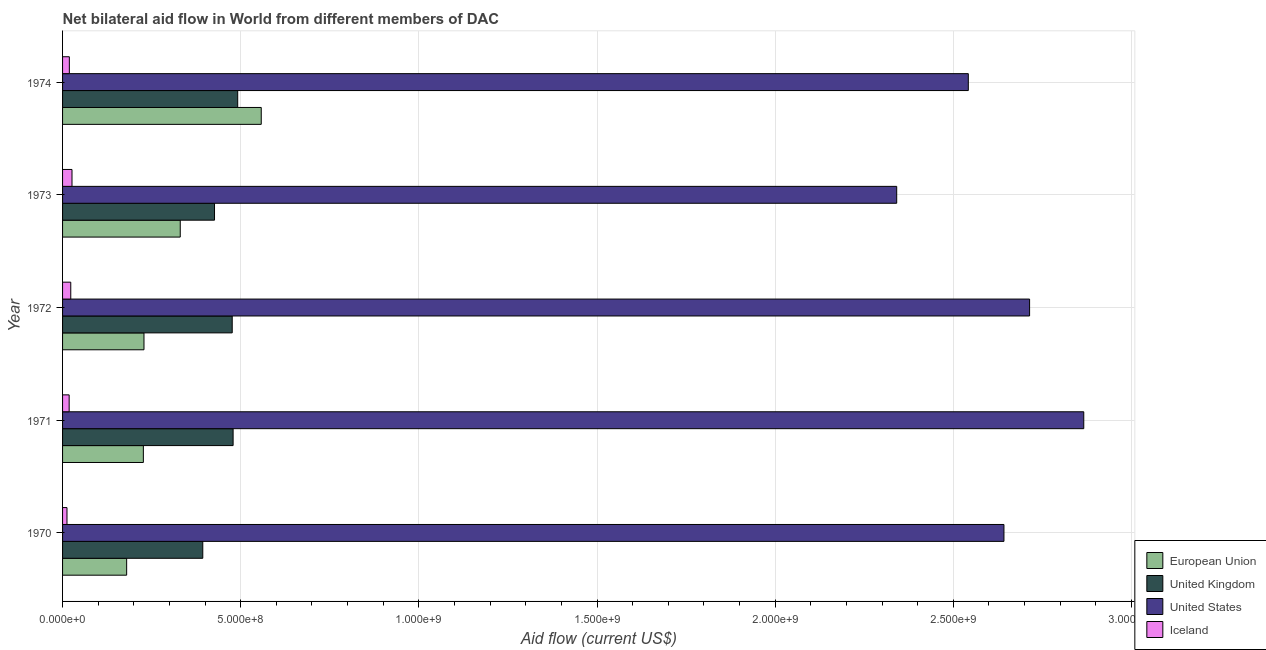
| Year | European Union | United Kingdom | United States | Iceland |
 | --- | --- | --- | --- | --- |
 | 1970 | 1.8e+08 | 3.94e+08 | 2.64e+09 | 1.24e+07 |
 | 1971 | 2.27e+08 | 4.79e+08 | 2.87e+09 | 1.85e+07 |
 | 1972 | 2.29e+08 | 4.76e+08 | 2.71e+09 | 2.3e+07 |
 | 1973 | 3.3e+08 | 4.26e+08 | 2.34e+09 | 2.65e+07 |
 | 1974 | 5.58e+08 | 4.92e+08 | 2.54e+09 | 1.9e+07 |